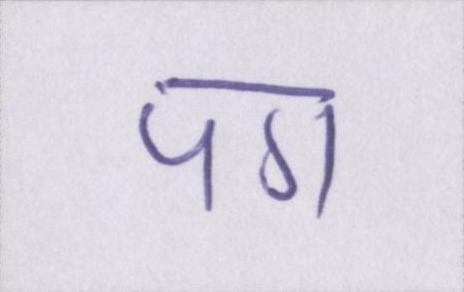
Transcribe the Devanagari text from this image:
पग